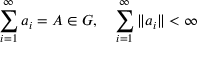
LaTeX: \sum _ { i = 1 } ^ { \infty } a _ { i } = A \in G , \quad \sum _ { i = 1 } ^ { \infty } \| a _ { i } \| < \infty